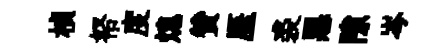
楨帑度熄赞厓裘惡隙岑